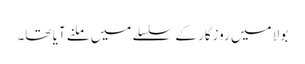
بولا میں روزگار کے سلسلے میں ملنے آیا تھا۔